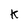
Character: K